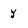
Character: y